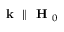
\textbf { k } \parallel \textbf { H } _ { 0 }